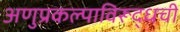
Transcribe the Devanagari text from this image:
अणुप्रकल्पाविरूद्धची